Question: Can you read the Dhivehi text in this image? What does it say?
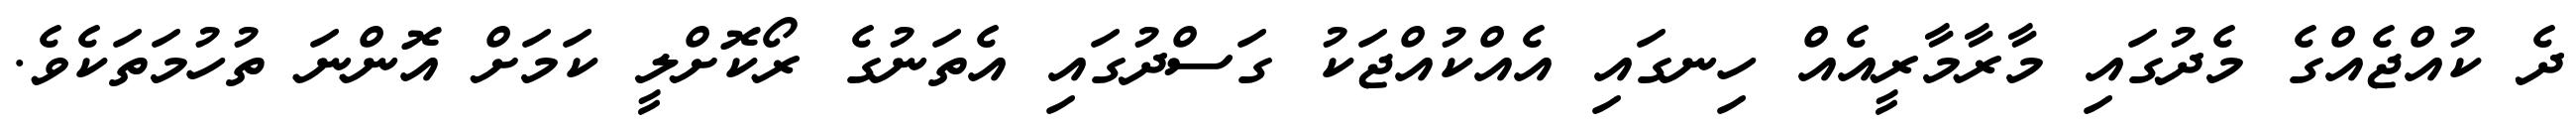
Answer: ދެ ކުއްޖެއްގެ މެދުގައި މާރާމާރީއެއް ހިނގައި އެއްކުއްޖަކު ގަސްދުގައި އެތަނުގެ ރޯކޮށްލީ ކަމަށް އޮންނަ ތުހުމަތަކެވެ.